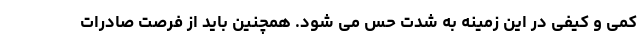
کمی و کیفی در این زمینه به شدت حس می شود. همچنین باید از فرصت صادرات